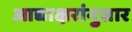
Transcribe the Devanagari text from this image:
आद्याक्षरांनुसार